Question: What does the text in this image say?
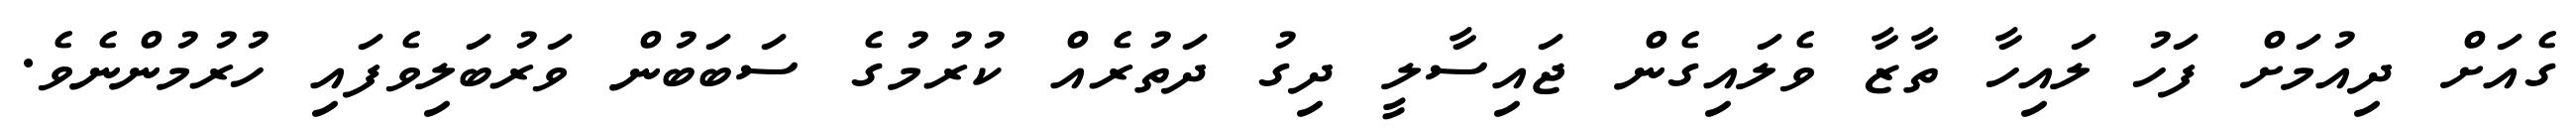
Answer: ގެއަށް ދިއުމަށް ފަހު ލައިހާ ތާޒާ ވެލައިގެން ޖައިސާލީ ދިގު ދަތުރެއް ކުރުމުގެ ސަބަބުން ވަރުބަލިވެފައި ހުރުމުންނެވެ.